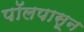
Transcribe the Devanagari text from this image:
पॉलपासून